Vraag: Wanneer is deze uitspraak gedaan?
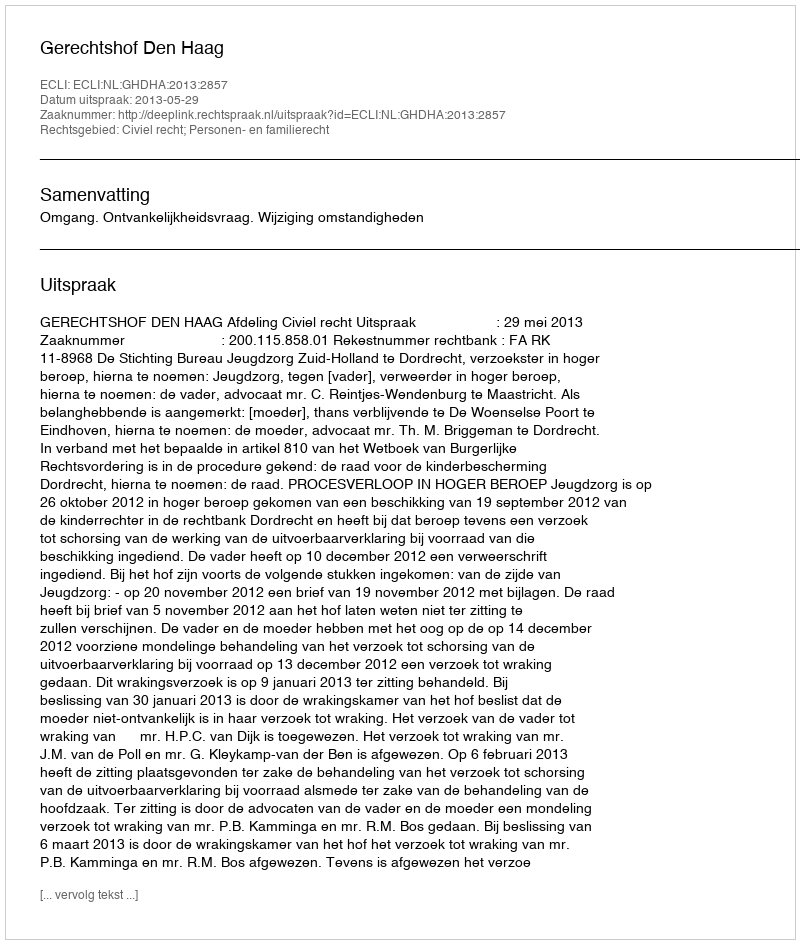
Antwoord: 2013-05-29